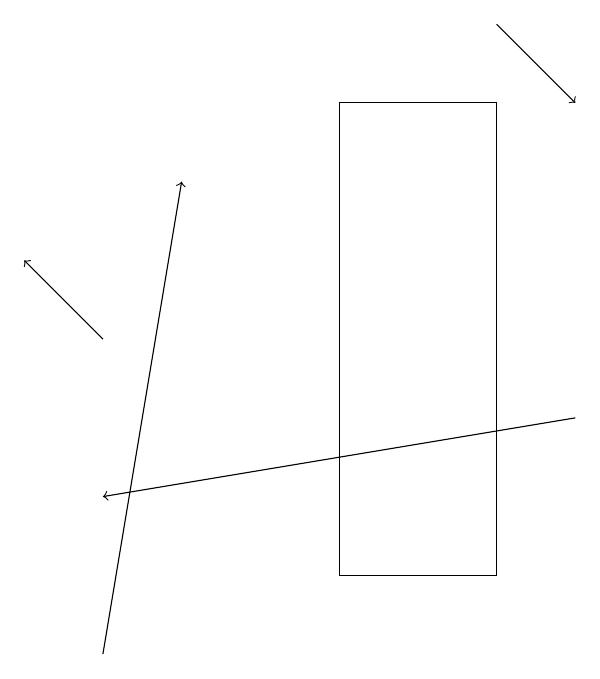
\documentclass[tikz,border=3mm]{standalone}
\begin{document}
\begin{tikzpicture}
\draw (5,12) rectangle (7,18);
\draw[->] (2,15) -- (1,16);
\draw[->] (2,11) -- (3,17);
\draw[->] (8,14) -- (2,13);
\draw[->] (7,19) -- (8,18);
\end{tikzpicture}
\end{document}